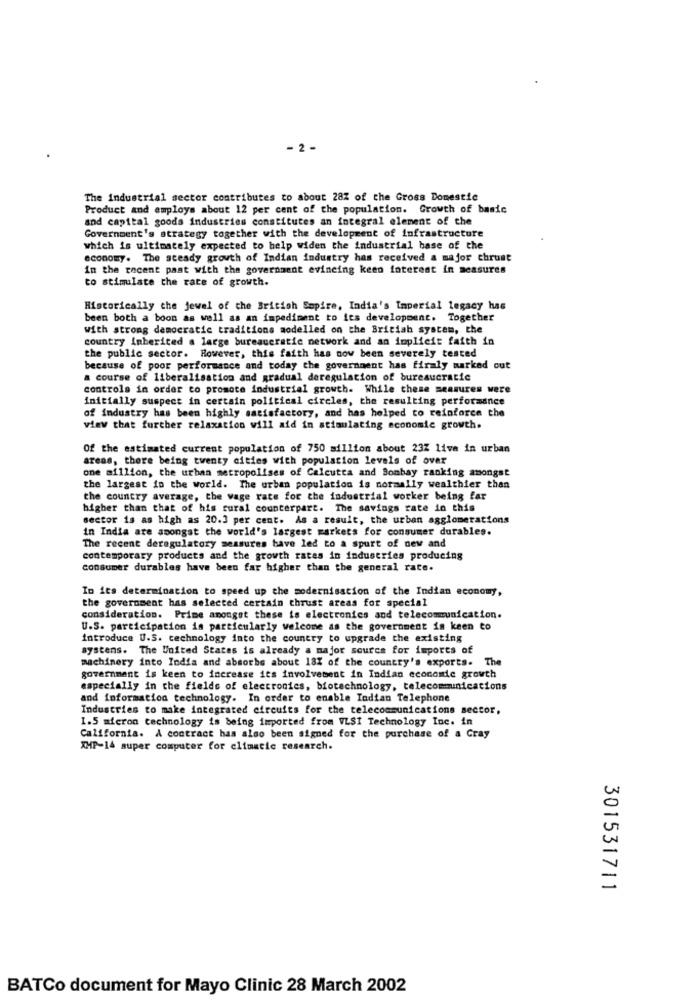
- 2 -
The industrial sector contributes to about 28% of the Gross Domestic
Product and employs about 12 per cent of the population. Growth of basic
and capital goods industries constitutes an integral element of the
Government's strategy together with the development of infrastructure
which is ultimately expected to help widen the industrial base of the
economy. The steady growth of Indian industry has received a major chrust
in the recent past with the government evineing keen interest in measures
to stimulate the race of growth.
Historically the jewel of the British Sopire, India's Imperial legacy has
been both a boon as well as an impediment to its development. Together
with strong democratic traditions modelled on the British system, the
country inherited a large bureaucratic network and an implicit faith in
the public sector. However, this faith has now been severely tested
because of poor performance and today the government has firmly marked out
a course of liberalisation and gradual deregulation of bureaucratic
controla in order to promote industrial growth. While these measures were
initially suspect in certain political circles, the resulting performance
of industry has been highly satisfactory, and has helped to reinforce the
view that further relaxation will aid in stimulating economic growth.
Of the estimated current population of 750 million about 23Z live in urban
areas, there being twenty cities with population levels of over
one million, the urban metropolises of Calcutta and Bombay ranking amongst
the largest in the world. The urban population is normally wealthier than
the country average, the wage rate for the industrial worker being far
higher than that of his rural counterpart. The savings rate in this
sector is as high as 20.3 per cent. As a result, the urban agglomerations
in India are amongst the world's largest markets for consumer durables.
The recent deregulatory sessures bave led to a spurt of new and
contemporary products and the growth rates in industries producing
consumer durables have been far higher than the general rate.
In its determination to speed up the modernisation of the Indian economy,
the government has selected certain thrust areas for special
consideration. Prime amongst these is electronics and telecommunication.
U.S. participation is particularly welcome as the government is keen to
introduce U.S. technology into the country to upgrade the existing
systens. The United States is already a major source for imports of
machinery into India and absorbs about 18% of the country's exports. The
government is keen to increase its involvement in Indian economic growth
especially in the fields of electronics, biotechnology, telecommunications
and information technology. In order to enable Indian Telephone
Industries to make integrated circuits for the telecommunications sector,
1.5 micron technology is being imported from VLSI Technology Inc. in
California. A contract has also been signed for the purchase of a Cray
XHP-14 super computer for climatic research.
301531711
BATCo document for Mayo Clinic 28 March 2002